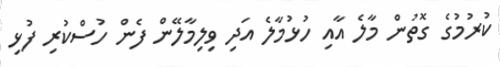
ކުރުމުގެ ގޮތުން މާލެ އާއި ހުޅުމާލެ އަދި ވިލިމާލޭން ފެން ހުސްކުރި ފުޅި